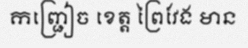
កញ្ជ្រៀច ខេត្ត ព្រៃវែង មាន